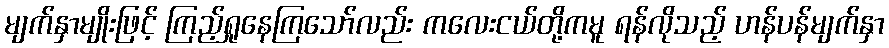
မျက်နှာမျိုးဖြင့် ကြည့်ရှုနေကြသော်လည်း ကလေးငယ်တို့ကမူ ရန်လိုသည့် ဟန်ပန်မျက်နှာ